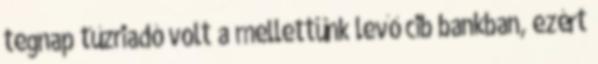
tegnap tűzriadó volt a mellettünk levő cib bankban, ezért